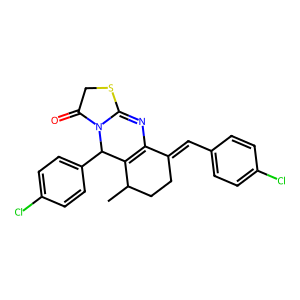
SMILES: CC1CCC(=Cc2ccc(Cl)cc2)C2=C1C(c1ccc(Cl)cc1)N1C(=O)CSC1=N2
Inhibits HIV replication: No